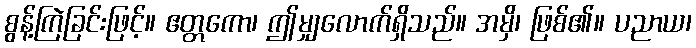
စွန့်ကြဲခြင်းဖြင့်။ ဧတ္တကော၊ ဤမျှလောက်ရှိသည်။ အမှိ၊ ဖြစ်၏။ ပညာယ၊